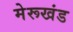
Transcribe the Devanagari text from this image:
मेरूखंड